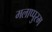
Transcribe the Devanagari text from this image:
मलाप्पुरम